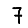
Digit: 7